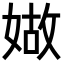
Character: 𡟁